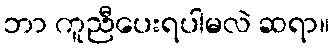
ဘာ ကူညီပေးရပါမလဲ ဆရာ။